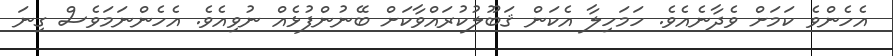
އެހެންވެ ކަމަށް ވެދާނެއެވެ. ހަމަހިލާ އެކަން ޤަބޫލުކުރައްވާކަށް ބޭނުންފުޅެއް ނުވިއެވެ. އެހެންނަމަވެސް ގިނަ